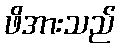
ဖိအားသည်